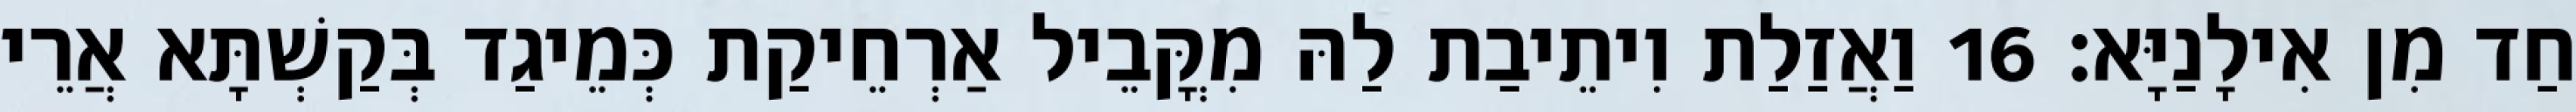
חַד מִן אִילָנַיָּא׃ 16 וַאֲזַלַת וִיתֵיבַת לַהּ מִקֳּבֵיל אַרְחֵיקַת כְּמֵיגַד בְּקַשְׁתָּא אֲרֵי